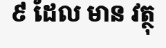
៩ ដែល មាន វត្ថុ